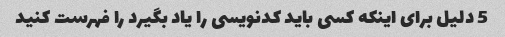
5 دلیل برای اینکه کسی باید کدنویسی را یاد بگیرد را فهرست کنید